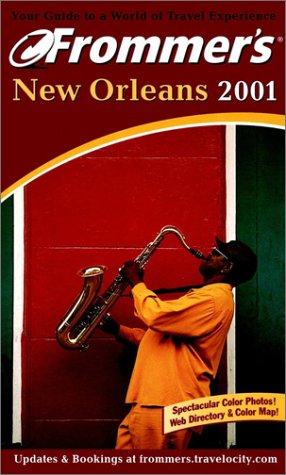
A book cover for Frommer's New Orleans 2001 (Frommer's Complete Guides); Mary Herczog; Travel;